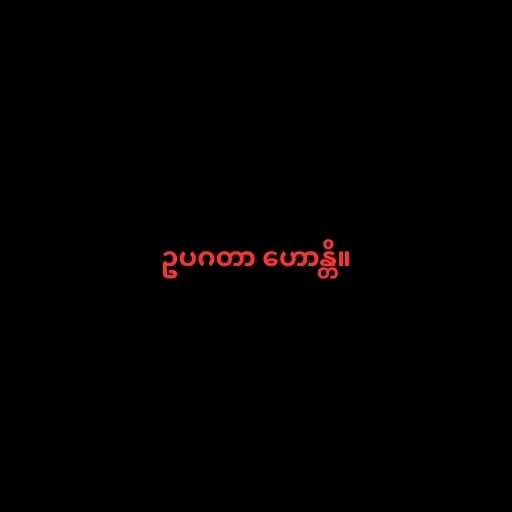
ဥပဂတာ ဟောန္တိ။